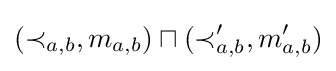
(\prec _{a,b},m_{a,b})\sqcap (\prec '_{a,b},m'_{a,b})